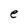
Character: e